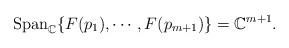
LaTeX: \begin{align*}\mathrm{Span}_{\mathbb{C}}\{F(p_1), \cdots, F(p_{m+1})\}=\mathbb{C}^{m+1}.\end{align*}